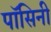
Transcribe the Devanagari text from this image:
पॉसिनी